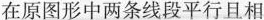
在原图形中两条线段平行且相